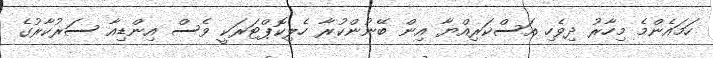
ހަމައެންމެ މިހާރު ދިވެހި އަސްކަރިއްޔާ އިން ބޭނުންކުރާ ހެލިކޮޕްޓަރަކީ ވެސް އިންޑިއާ ސަރުކާރުގެ